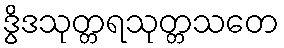
ဒွိဒသုတ္တရသုတ္တသတေ